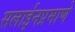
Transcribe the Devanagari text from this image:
सलाईनप्रमाणे